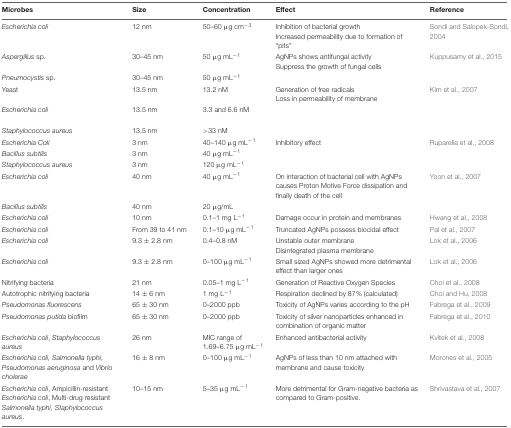
<table><thead><tr><td><b>Microbes</b></td><td><b>Size</b></td><td><b>Concentration</b></td><td><b>Effect</b></td><td><b>Reference</b></td></tr></thead><tbody><tr><td><i>Escherichia coli</i></td><td>12 nm</td><td>50–60 μg cm<sup>-3</sup></td><td>Inhibition of bacterial growth Increased permeability due to formation of “pits”</td><td>Sondi and Salopek-Sondi, 2004</td></tr><tr><td><i>Aspergillus</i> sp.</td><td>30–45 nm</td><td>50 μg mL<sup>-1</sup></td><td>AgNPs shows antifungal activity Suppress the growth of fungal cells</td><td>Kuppusamy et al., 2015</td></tr><tr><td><i>Pneumocystis</i> sp.</td><td>30–45 nm</td><td>50 μg mL<sup>-1</sup></td><td></td><td></td></tr><tr><td>Yeast</td><td>13.5 nm</td><td>13.2 nM</td><td>Generation of free radicals Loss in permeability of membrane</td><td>Kim et al., 2007</td></tr><tr><td><i>Escherichia coli</i></td><td>13.5 nm</td><td>3.3 and 6.6 nM</td><td></td><td></td></tr><tr><td><i>Staphylococcus aureus</i></td><td>13.5 nm</td><td>&gt;33 nM</td><td></td><td></td></tr><tr><td><i>Escherichia Coli</i></td><td>3 nm</td><td>40–140 μg mL<sup>-1</sup></td><td>Inhibitory effect</td><td>Ruparelia et al., 2008</td></tr><tr><td><i>Bacillus subtilis</i></td><td>3 nm</td><td>40 μg mL<sup>-1</sup></td><td></td><td></td></tr><tr><td><i>Staphylococcus aureus</i></td><td>3 nm</td><td>120 μg mL<sup>-1</sup></td><td></td><td></td></tr><tr><td><i>Escherichia coli</i></td><td>40 nm</td><td>40 μg mL<sup>-1</sup></td><td>On interaction of bacterial cell with AgNPs causes Proton Motive Force dissipation and finally death of the cell</td><td>Yoon et al., 2007</td></tr><tr><td><i>Bacillus subtilis</i></td><td>40 nm</td><td>20 μg/mL</td><td></td><td></td></tr><tr><td><i>Escherichia coli</i></td><td>10 nm</td><td>0.1–1 mg L<sup>-1</sup></td><td>Damage occur in protein and membranes</td><td>Hwang et al., 2008</td></tr><tr><td><i>Escherichia coli</i></td><td>From 39 to 41 nm</td><td>0.1–10 μg mL<sup>-1</sup></td><td>Truncated AgNPs possess biocidal effect</td><td>Pal et al., 2007</td></tr><tr><td><i>Escherichia coli</i></td><td>9.3 ± 2.8 nm</td><td>0.4–0.8 nM</td><td>Unstable outer membrane Disintegrated plasma membrane</td><td>Lok et al., 2006</td></tr><tr><td><i>Escherichia coli</i></td><td>9.3 ± 2.8 nm</td><td>0–100 μg mL<sup>-1</sup></td><td>Small sized AgNPs showed more detrimental effect than larger ones</td><td>Lok et al., 2006</td></tr><tr><td>Nitrifying bacteria</td><td>21 nm</td><td>0.05–1 mg L<sup>-1</sup></td><td>Generation of Reactive Oxygen Species</td><td>Choi et al., 2008</td></tr><tr><td>Autotrophic nitrifying bacteria</td><td>14 ± 6 nm</td><td>1 mg L<sup>-1</sup></td><td>Respiration declined by 87% (calculated)</td><td>Choi and Hu, 2008</td></tr><tr><td><i>Pseudomonas fluorescens</i></td><td>65 ± 30 nm</td><td>0–2000 ppb</td><td>Toxicity of AgNPs varies according to the pH</td><td>Fabrega et al., 2009</td></tr><tr><td><i>Pseudomonas putida</i> biofilm</td><td>65 ± 30 nm</td><td>0–2000 ppb</td><td>Toxicity of silver nanoparticles enhanced in combination of organic matter</td><td>Fabrega et al., 2010</td></tr><tr><td><i>Escherichia coli</i>, <i>Staphylococcus aureus</i></td><td>26 nm</td><td>MIC range of 1.69–6.75 μg mL<sup>-1</sup></td><td>Enhanced antibacterial activity</td><td>Kvitek et al., 2008</td></tr><tr><td><i>Escherichia coli, Salmonella typhi</i>, <i>Pseudomonas aeruginosa</i> and <i>Vibrio cholerae</i></td><td>16 ± 8 nm</td><td>0–100 μg mL<sup>-1</sup></td><td>AgNPs of less than 10 nm attached with membrane and cause toxicity</td><td>Morones et al., 2005</td></tr><tr><td><i>Escherichia coli</i>, Ampicillin-resistant <i>Escherichia coli</i>, Multi-drug resistant <i>Salmonella typhi</i>, <i>Staphylococcus aureus</i>.</td><td>10–15 nm</td><td>5–35 μg mL<sup>-1</sup></td><td>More detrimental for Gram-negative bacteria as compared to Gram-positive.</td><td>Shrivastava et al., 2007</td></tr></tbody></table>